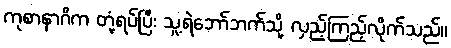
ကုစာနာဂိက တုံ့ရပ်ပြီး သူ့ရဲဘော်ဘက်သို့ လှည့်ကြည့်လိုက်သည်။